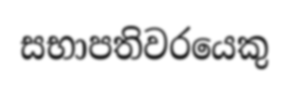
සභාපතිවරයෙකු